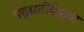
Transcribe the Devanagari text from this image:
पद्धतींपेक्षा